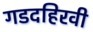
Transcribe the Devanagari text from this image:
गडदहिरवी